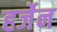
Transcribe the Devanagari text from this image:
हर्जेन